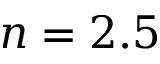
n = 2 . 5